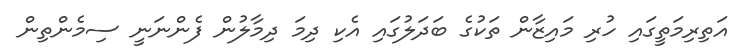
އަތިރިމަތީގައި ހުރި މައިޒާން ތަކުގެ ބަދަލުގައި އެކި ދިމަ ދިމާލުން ފެންނަނީ ސިމެންތިން